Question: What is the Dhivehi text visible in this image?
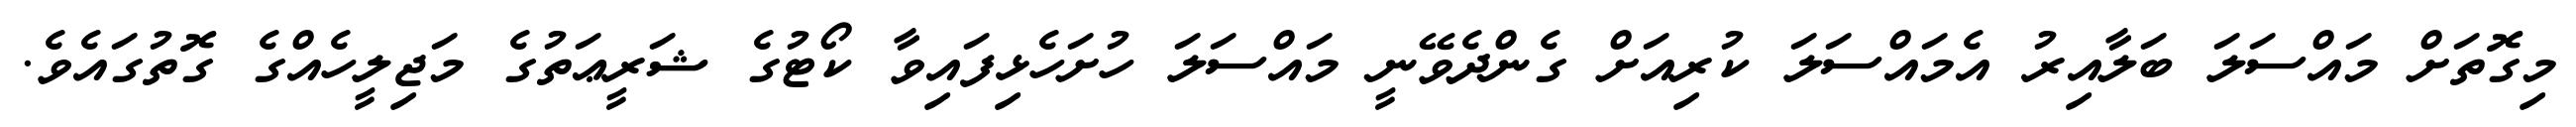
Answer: މިގޮތަށް މައްސަލަ ބަލާއިރު އެމައްސަލަ ކުރިއަށް ގެންދެވޭނީ މައްސަލަ ހުށަހެޅިފައިވާ ކޯޓުގެ ޝަރީޢަތުގެ މަޖިލީހެއްގެ ގޮތުގައެވެ.